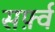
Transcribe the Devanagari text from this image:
सर्फ़्व